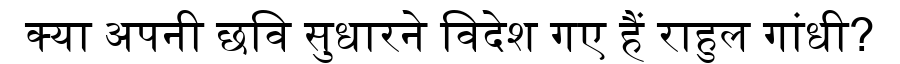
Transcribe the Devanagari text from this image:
क्या अपनी छवि सुधारने विदेश गए हैं राहुल गांधी?